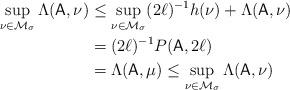
LaTeX: \begin{align*}\sup_{\nu \in \mathcal{M}_\sigma} \Lambda(\mathsf{A},\nu) &\leq \sup_{\nu \in \mathcal{M}_\sigma}(2\ell)^{-1}h(\nu)+ \Lambda(\mathsf{A},\nu)\\&=(2\ell)^{-1}P(\mathsf{A},2\ell)\\&=\Lambda(\mathsf{A},\mu)\leq \sup_{\nu \in \mathcal{M}_\sigma} \Lambda(\mathsf{A},\nu)\end{align*}